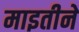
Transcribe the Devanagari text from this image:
माइतीने